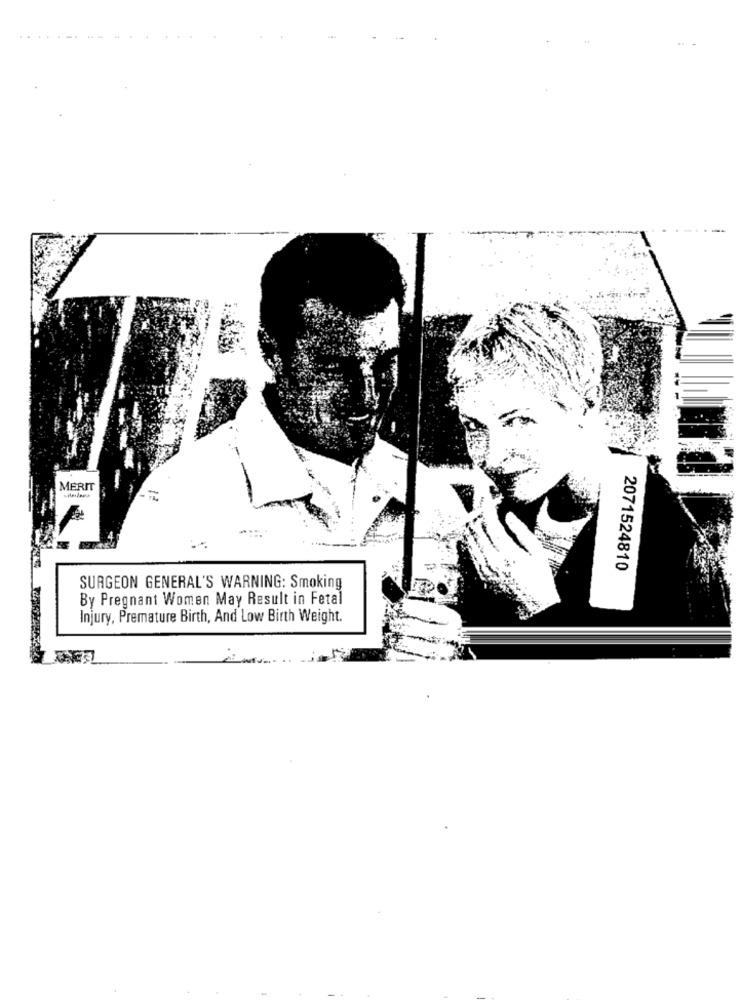
MERIT
2071524810
SURGEON GENERAL'S WARNING: Smoking
By Pregnant Women May Result in Fetal
Injury, Premature Birth, And Low Birth Weight.